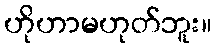
ဟိုဟာမဟုတ်ဘူး။